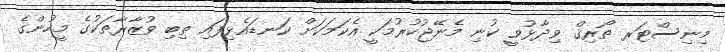
މިނިސްޓަރ ތޯރިޤް ވިދާޅުވީ ކުނި މެނޭޖުކުރުމަކީ އެކަމަކަށް ކަނޑައެޅިފައި ތިބި ވުޒާރާތަކުގެ މީހުންގެ